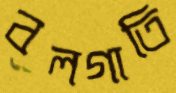
বলগাতি